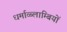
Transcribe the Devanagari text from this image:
धर्माव्ब्लाम्बियों